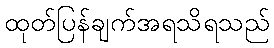
ထုတ်ပြန်ချက်အရသိရသည်